Lunatic asylums United Provinces 1909-1921 - 1909-1921
Year: 1909
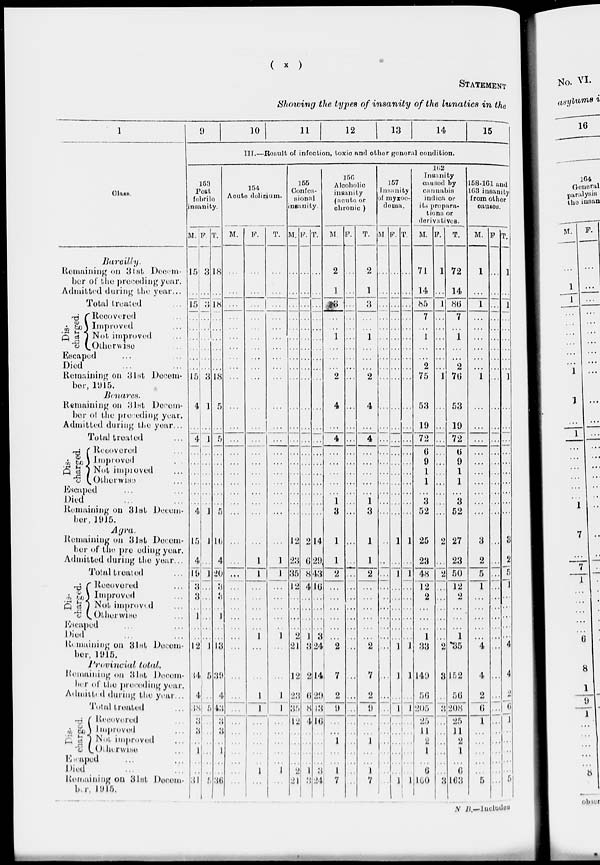
( x )
STATEMENT
Showing the types of insanity of the lunatics in the
1
Class.
Bareilly.
Remaining on 3lst Decem-
ber of the preceding year.
Admitted during the year...
Total treated ...
Dis-
charged.
Recovered ...
Improved ...
Not improved ...
Otherwise ...
Escaped ... ...
Died ... ...
Remaining on 31st Decem-
ber, 1915.
Benares.
Remaining on 31st Decem-
ber of the preceding year.
Admitted during the year...
Total treated ... ...
Dis-
charged.
Recovered ...
improved ...
Not improved ...
Otherwise ...
Escaped ... ...
Died ... ...
Remaining on 31st Decem-
ber, 1915.
Agra.
Remaining on 31st Decem-
ber of the preceding year.
Admitted during the year...
Total treated ...
Dis-
charged.
Recovered ...
Improved ...
Not improved ...
Otherwise ...
Escaped ... ...
Died ... ...
Remaining on 3lst Decem-
ber, 1915.
Provincial
total.
Remaining on 31st Decem-
ber of the preceding year.
Admitted during the year...
Total treated ...
----
charged.
Recovered ...
Improved ...
Not improved ...
Otherwise ...
Escaped
Died
Remaining on 3lst Decem-
ber
1915.
9
10
11
12
13
14
15
III.—Result of infection, toxic and other general condition.
153
Post
febrile
insanity.
M.
15
...
15
...
...
...
...
...
...
15
4
...
4
...
...
...
...
...
...
4
15
4
19
3
3
...
1
...
...
12
34
4
38
3
3
...
1
...
...
31
F.
3
...
3
...
...
...
...
...
...
3
1
...
1
...
...
...
...
...
...
1
1
...
1
...
...
...
...
...
...
1
5
...
5
...
...
...
...
...
...
5
T.
18
...
18
...
...
...
...
...
...
18
5
...
5
...
...
...
...
...
...
5
l6
4
20
3
3
...
1
...
...
13
39
4
43
3
3
...
1
...
...
36
154
Acute delirium.
M.
...
...
...
...
...
...
...
...
...
...
...
...
...
...
...
...
...
...
...
...
...
...
...
...
...
...
...
...
...
...
...
...
...
...
...
...
...
...
...
...
F.
...
...
...
...
...
...
...
...
...
...
...
...
...
...
...
...
...
...
...
...
...
1
1
...
...
...
...
...
1
...
...
1
...
...
...
...
...
...
1
...
T.
...
...
...
...
...
...
...
...
...
...
...
...
...
...
...
...
...
...
...
...
...
1
1
...
...
...
...
...
1
...
...
1
1
...
...
...
...
...
1
...
155
(Confes-
sional
insanity.
M.
...
...
...
...
...
...
...
...
...
...
...
...
...
...
...
...
...
...
...
...
12
23
35
12
...
...
...
...
2
21
12
23
35
12
...
...
...
...
2
21
F.
...
...
...
...
...
...
...
...
...
...
...
...
...
...
...
...
...
...
...
...
2
6
8
4
...
...
...
...
1
3
2
6
8
4
...
...
...
...
1
3
T.
...
...
...
...
...
...
...
...
...
...
...
...
...
...
...
...
...
...
...
...
14
29
43
16
...
...
...
...
3
24
14
29
43
16
...
...
...
...
3
24
156
Alcoholic
insanity
(acute or
chronic )
M.
2
1
3
...
...
1
...
...
...
2
4
...
4
...
...
...
...
...
1
3
1
1
2
...
...
...
...
...
...
2
7
2
9
...
...
1
...
...
1
7
F.
...
...
...
...
...
...
...
...
...
...
...
...
...
...
...
...
...
...
...
...
...
...
...
...
...
...
...
...
...
...
...
...
...
...
...
...
...
...
...
...
T.
2
1
3
...
...
1
...
...
...
2
4
...
4
...
...
...
...
...
1
3
1
1
2
...
...
...
...
...
...
2
7
2
9
...
...
1
...
...
1
7
157
Insanity
of myxoc-
dema.
M
...
...
...
...
...
...
...
...
...
...
...
...
...
...
...
...
...
...
...
...
...
...
...
...
...
...
...
...
...
...
...
...
...
...
...
...
...
...
...
...
F.
...
...
...
...
...
...
...
...
...
...
...
...
...
...
...
...
...
...
...
...
1
...
1
...
...
...
...
...
...
1
1
...
1
...
...
...
...
...
...
1
T.
...
...
...
...
...
...
...
...
...
...
...
...
...
...
...
...
...
...
...
...
1
...
1
...
...
...
...
...
...
1
1
...
1
...
...
...
...
...
...
1
162
Insanity
caused by
cannabis
indica or
its prepara-
tion or
derivatives.
M.
71
14
85
7
...
1
...
...
2
75
53
19
72
6
9
1
1
...
3
52
25
23
48
12
2
...
...
...
1
33
149
56
205
25
11
2
1
...
6
160
F.
1
...
1
...
...
...
...
...
...
1
...
...
...
...
...
...
...
...
...
...
2
...
2
...
...
...
...
...
...
2
3
...
3
...
...
...
...
...
...
3
T.
72
14
86
7
...
1
...
...
2
76
53
19
72
6
9
1
1
...
3
52
27
23
50
12
2
...
...
...
1
35
152
56
208
25
11
2
1
...
6
163
158-161 and
163 insaniy
from other
causes.
M.
1
...
1
...
...
...
...
...
...
1
...
...
...
...
...
...
...
...
...
...
3
2
5
1
...
...
...
...
...
4
4
2
6
1
...
...
...
...
...
5
F
...
...
...
...
...
...
...
...
...
...
...
...
...
...
...
...
...
...
...
...
...
...
...
...
...
...
...
...
...
...
...
...
...
...
...
...
...
...
...
...
T.
1
...
1
...
...
...
...
...
...
1
...
...
...
...
...
...
...
...
...
...
8
2
5
1
...
...
...
...
...
4
4
2
6
1
...
...
...
...
...
5
N B.— Includes